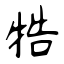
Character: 牿